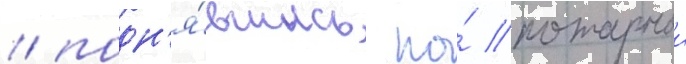
/ подн'я́вшись по́ пожарнои